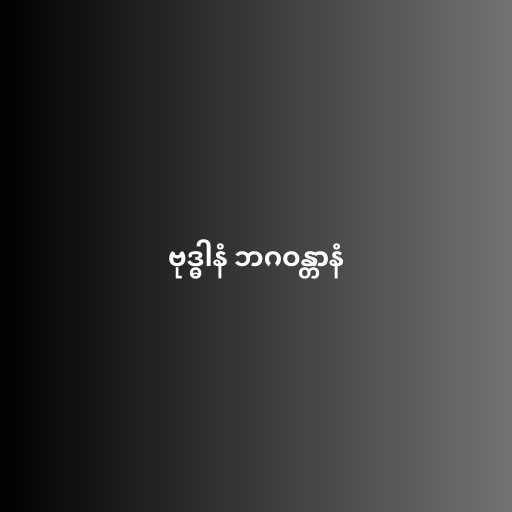
ဗုဒ္ဓါနံ ဘဂဝန္တာနံ